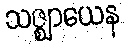
သဇ္ဈာယေန